Civil Veterinary Department Bihar & Orissa reports 1929-36 - 1929-1936
Year: 1929
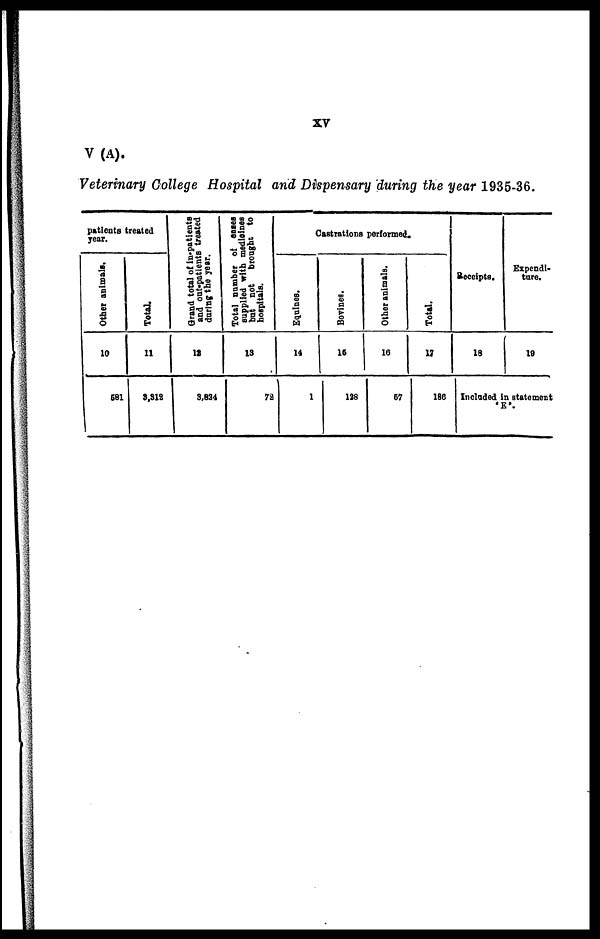
XV
V (A).
Veterinary College Hospital and Dispensary during the year 1935-36.
patients treated
year.
Other animals.
10
681
Total.
11
8,318
Grand total of in-patients
and out-patients treated
during the year.
12
3,824
Total number of cases
supplied with medleines
but not
brought to
hospitals.
13
78
Castrations performed.
Equines.
14
1
Bovines.
16
138
Other animals.
16
67
Total.
17
186
Receipts.
18
Expendi-
ture.
19
Included in statement
'E'.